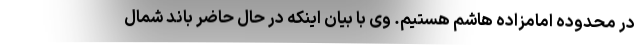
در محدوده امامزاده هاشم هستیم. وی با بیان اینکه در حال حاضر باند شمال